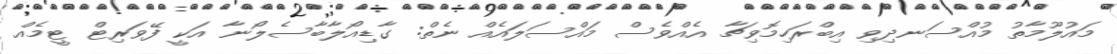
މައުލޫމާތު މުއްސަނދިވި އިބްރަހިމޮވިޗާ އެއްވެސް މައްސަލައެއް ނެތް: ގާޑިއޯލާބާސެލޯނާ އަކީ ފޭވަރިޓް ޓީމެއް